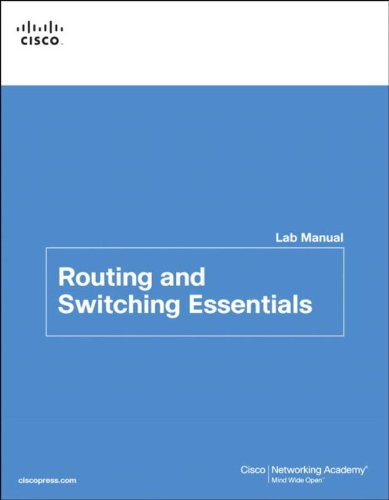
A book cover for Routing and  Switching Essentials Lab Manual (Lab Companion); Cisco Networking Academy; Computers & Technology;